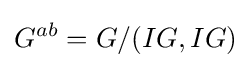
G^{ab}=G/(IG,IG)